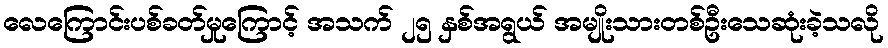
လေကြောင်းပစ်ခတ်မှုကြောင့် အသက် ၂၅ နှစ်အရွယ် အမျိုးသားတစ်ဦးသေဆုံးခဲ့သလို